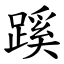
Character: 蹊